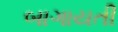
બાગાયતી